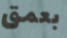
بعمق